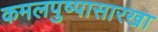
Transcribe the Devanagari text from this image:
कमलपुष्पासारखा